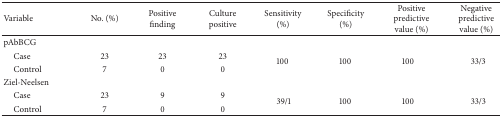
<table><thead><tr><td><b>Variable</b></td><td><b>No. (%)</b></td><td><b>Positive finding</b></td><td><b>Culture positive</b></td><td><b>Sensitivity (%)</b></td><td><b>Specificity (%)</b></td><td><b>Positive predictive value (%)</b></td><td><b>Negative predictive value (%)</b></td></tr></thead><tbody><tr><td>pAbBCG</td><td> </td><td> </td><td> </td><td> </td><td> </td><td> </td><td> </td></tr><tr><td>Case</td><td>23</td><td>23</td><td>23</td><td rowspan="2">100</td><td rowspan="2">100</td><td rowspan="2">100</td><td rowspan="2">33/3</td></tr><tr><td>Control</td><td>7</td><td>0</td><td>0</td></tr><tr><td>Ziel-Neelsen</td><td> </td><td> </td><td> </td><td> </td><td> </td><td> </td><td> </td></tr><tr><td>Case</td><td>23</td><td>9</td><td>9</td><td rowspan="2">39/1</td><td rowspan="2">100</td><td rowspan="2">100</td><td rowspan="2">33/3</td></tr><tr><td>Control</td><td>7</td><td>0</td><td>0</td></tr></tbody></table>